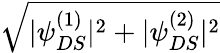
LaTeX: \sqrt{|\psi_{DS}^{(1)}|^{2}+|\psi_{DS}^{(2)}|^{2}}